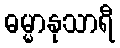
ဓမ္မာနုသာရီ